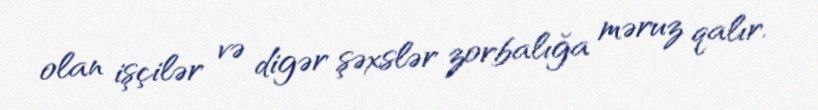
olan işçilər və digər şəxslər zorbalığa məruz qalır.